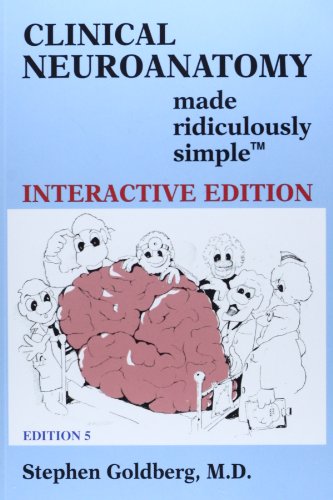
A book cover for Clinical Neuroanatomy Made Ridiculously Simple; Stephen Goldberg; Medical Books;